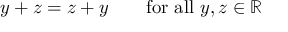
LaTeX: y + z = z + y \qquad { \mathrm { f o r ~ a l l ~ } } y , z \in \mathbb { R }